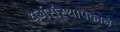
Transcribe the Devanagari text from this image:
धर्मसंस्थापकाने